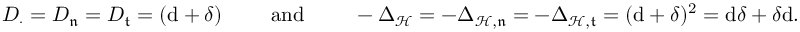
\begin{array} { r } { D _ { \cdot } = D _ { \mathfrak { n } } = D _ { \mathfrak { t } } = ( \mathrm { d } + \delta ) \qquad \mathrm { ~ a n d ~ } \qquad - \Delta _ { \mathcal { H } } = - \Delta _ { \mathcal { H } , \mathfrak { n } } = - \Delta _ { \mathcal { H } , \mathfrak { t } } = ( \mathrm { d } + \delta ) ^ { 2 } = \mathrm { d } \delta + \delta \mathrm { d } \mathrm { . ~ } } \end{array}